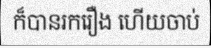
ក៏បានរករឿង ហើយចាប់